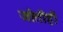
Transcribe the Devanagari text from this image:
जोतीही